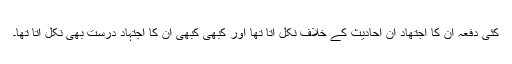
کئی دفعہ ان کا اجتھاد ان احادیث کے خلاف نکل آتا تھا اور کبھی کبھی ان کا اجتہاد درست بھی نکل آتا تھا۔